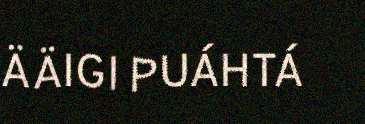
ÄÄIGI PUÁHTÁ